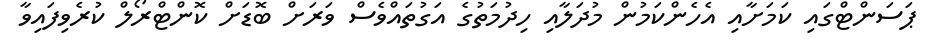
ޕަސަންޓްގައި ކަމަށާއި އެހެންކަމުން މުދަލާއި ހިދުމަތުގެ އަގުތައްވެސް ވަރަށް ބޮޑަށް ކޮންޓްރޯލް ކުރެވިފައިވާ